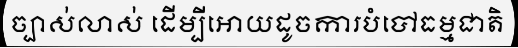
ច្បាស់លាស់ ដើម្បីអោយដូចការបំបៅធម្មជាតិ